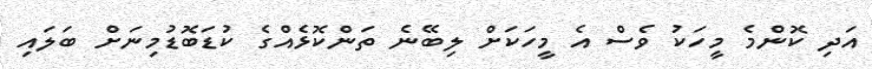
އަދި ކޮންމެ މީހަކު ވެސް އެ މީހަކަށް ލިބޭނެ ތަންކޮޅެއްގެ ކުޑަބޮޑުމިނަށް ބަލައި